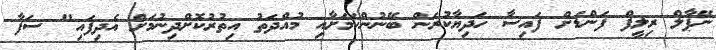
ނޭޕާލް ރިލީފް ފަންޑަށް ފައިސާ ހަދިޔާކުރަން ބޭނުންކަމަށާއި މުއްދަތު އިތުރުކޮށްދިނުމަށް އެދިފައި" ސަފާ